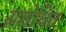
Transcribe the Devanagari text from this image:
सशेधित